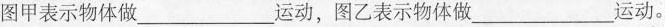
图甲表示物体做___运动，图乙表示物体做___运动。